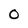
Character: 0